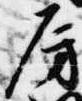
房